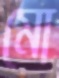
মো